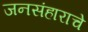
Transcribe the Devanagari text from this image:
जनसंहाराचे